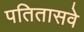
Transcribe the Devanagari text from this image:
पतितासवे